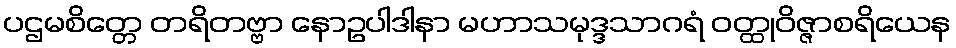
ပဌမစိတ္တေ တရိတဗ္ဗာ နောဥပါဒါနာ မဟာသမုဒ္ဒသာဂရံ ဝတ္ထုဝိဇ္ဇာစရိယေန